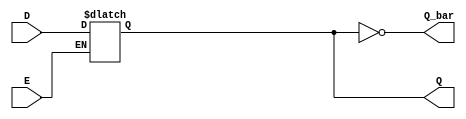
module LatchRegister (
    input wire D,      // Data input
    input wire E,      // Enable signal
    output reg Q,      // Current stored value
    output wire Q_bar  // Complement of Q
);

// Always block for latch behavior
always @ (D or E) begin
    if (E) begin
        Q <= D;      // Capture D when E is HIGH
    end
    // When E is LOW, Q retains its previous value (latch behavior)
end

// Q_bar is the inverse of Q
assign Q_bar = ~Q;

endmodule